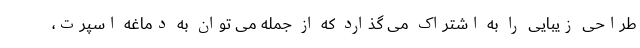
طراحی زیبایی را به اشتراک می گذارد که از جمله می توان به دماغه اسپرت،